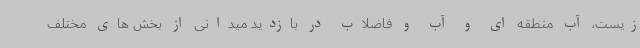
زیست، آب منطقه ای و آب و فاضلاب در بازدید میدانی از بخش های مختلف